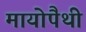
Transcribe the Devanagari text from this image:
मायोपैथी